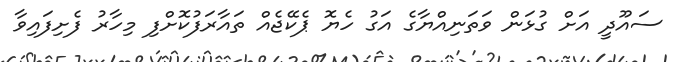
ސައޫދީ އަށް ގުޅަން ވަތަނިއްޔާގެ އަގު ހެޔޮ ޕެކޭޖެއް ތައާރަފުކޮށްފި މިހާރު ފެށިފައިވާ